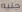
جنيه